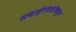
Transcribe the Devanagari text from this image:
सवाईगंधर्वांकडून